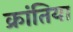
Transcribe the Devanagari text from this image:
क्रांतिया